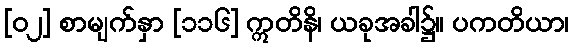
[၀၂] စာမျက်နှာ [၁၁၆] ဣတိနိ၊ ယခုအခါ၌။ ပကတိယာ၊